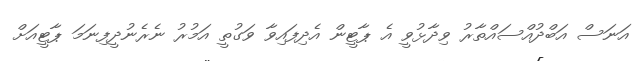
އަނަސް އަބްދުއްސައްތާރު ވިދާޅުވީ އެ ޕާޓީން އެދިފައިވާ ވަގުތީ އަމުރު ނެރެނުދީފިނަމަ ޕާޓީއަށް